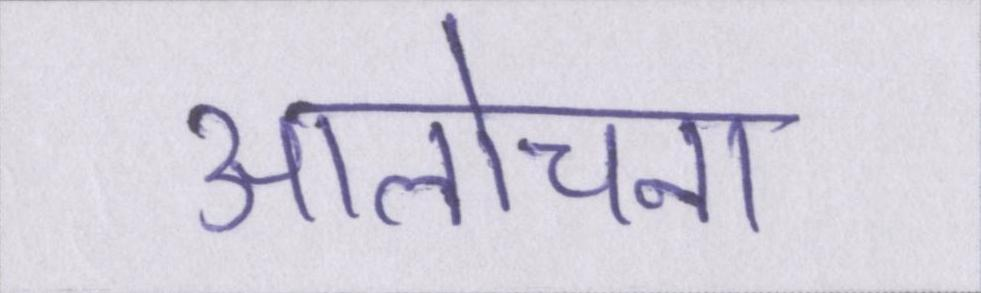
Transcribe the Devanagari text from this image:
आलोचना